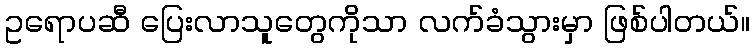
ဥရောပဆီ ပြေးလာသူတွေကိုသာ လက်ခံသွားမှာ ဖြစ်ပါတယ်။